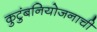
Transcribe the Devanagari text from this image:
कुटुंबनियोजनाची